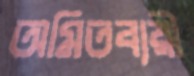
অমিতব্যয়ী